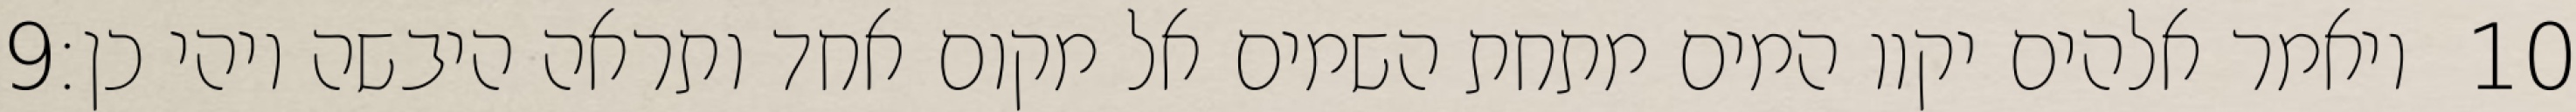
‎9‏ ויאמר אלהים יקוו המים מתחת השמים אל מקום אחד ותראה היבשה ויהי כן׃ ‎10‏